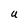
Character: U